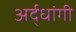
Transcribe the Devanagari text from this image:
अर्द्धांगी